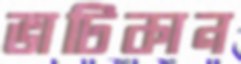
ভাটিকান